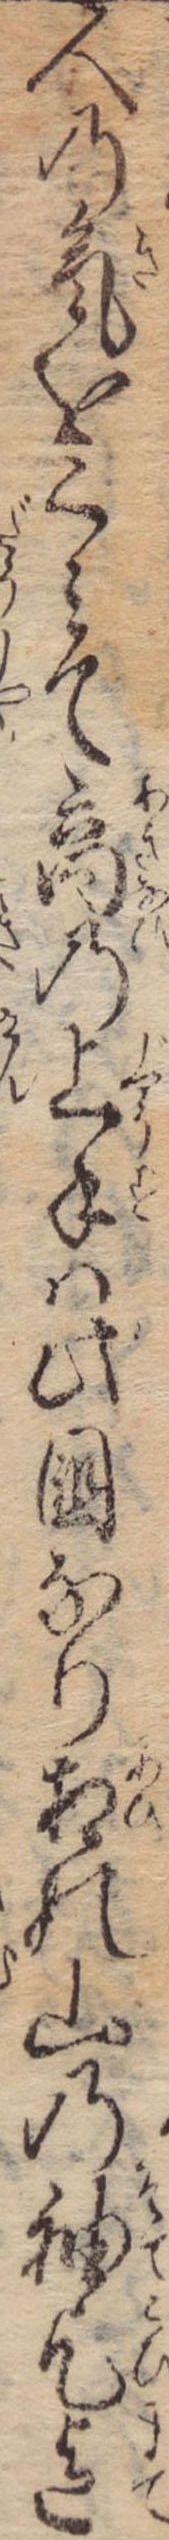
人の気をくみて商の上手は此国なり相の山の袖乞迄